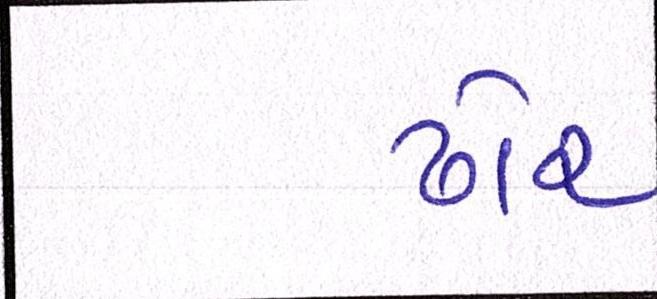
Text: ઢોર